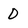
Character: 0